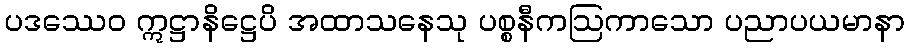
ပဒဿေဝ ဣဋ္ဌာနိဋ္ဌေပိ အထာသနေသု ပစ္စနီကဩကာသော ပညာပယမာနာ